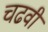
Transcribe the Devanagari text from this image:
चढवी